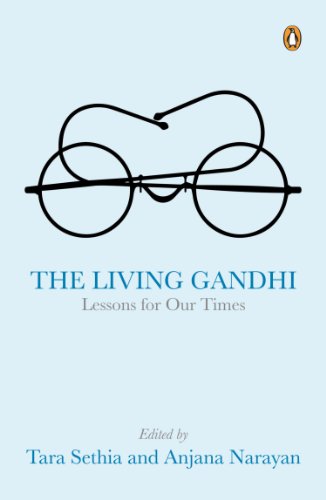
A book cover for The Living Gandhi: Lessons for Our Times; Tara Sethia; Religion & Spirituality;